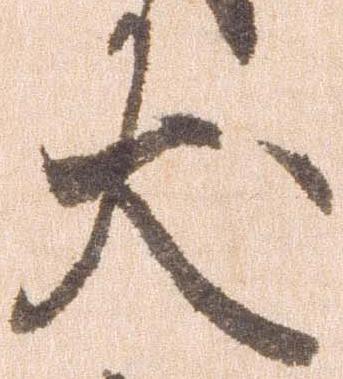
犬